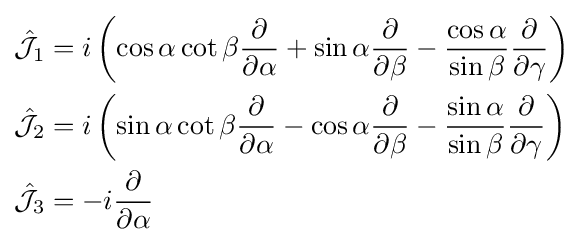
{\begin{aligned}{\hat {\mathcal {J}}}_{1}&=i\left(\cos \alpha \cot \beta {\frac {\partial }{\partial \alpha }}+\sin \alpha {\partial  \over \partial \beta }-{\cos \alpha  \over \sin \beta }{\partial  \over \partial \gamma }\right)\\{\hat {\mathcal {J}}}_{2}&=i\left(\sin \alpha \cot \beta {\partial  \over \partial \alpha }-\cos \alpha {\partial  \over \partial \beta }-{\sin \alpha  \over \sin \beta }{\partial  \over \partial \gamma }\right)\\{\hat {\mathcal {J}}}_{3}&=-i{\partial  \over \partial \alpha }\end{aligned}}